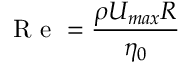
\mathrm { ~ R ~ e ~ } = \frac { \rho U _ { m a x } R } { \eta _ { 0 } }